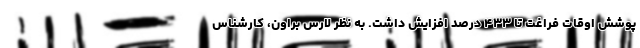
پوشش اوقات فراغت تا ۴۳۳ درصد افزایش داشت. به نظر لارس براون، کارشناس